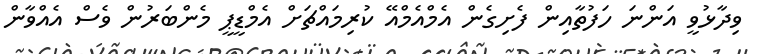
ވިދާޅުވީ އަންނަ ހަފުތާއިން ފެށިގެން އެމްއެމްއޭ ކުރިމައްޗަށް އެމްޑީޕީ މެންބަރުން ވެސް އެއްވާން